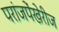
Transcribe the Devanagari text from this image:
परांजपेंखेरीज